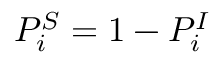
P _ { i } ^ { S } = 1 - P _ { i } ^ { I }